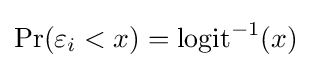
\Pr(\varepsilon _{i}<x)=\operatorname {logit} ^{-1}(x)